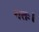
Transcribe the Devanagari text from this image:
गतः।